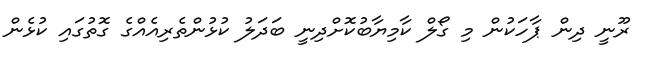
ރޫނީ ދިން ޕާހަކުން މި ގޯލް ކާމިޔާބުކޮށްދިނީ ބަދަލު ކުޅުންތެރިއެއްގެ ގޮތުގައި ކުޅެން